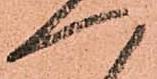
へ